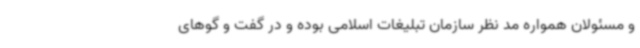
و مسئولان همواره مد نظر سازمان تبلیغات اسلامی بوده و در گفت و گوهای